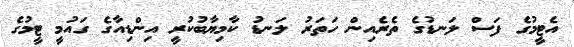
އެޓީމުގެ ފަސް ލަނޑުގެ ތެރެއިން ހަތަރު ލަނޑު ކާމިޔާބުކުރީ އިންޑިއާގެ ގައުމީ ޓީމުގެ